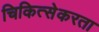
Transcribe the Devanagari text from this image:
चिकित्सेकरता